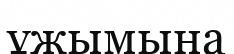
ұжымына